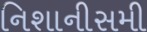
નિશાનીસમી